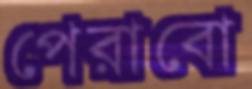
পেরাবো